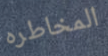
المخاطره